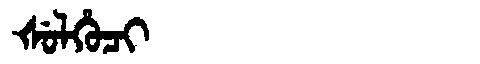
Manchu: ᡧᡠᠯᡥᡠᠴᡳ
Romanization: ŠULHUCI